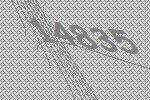
14835